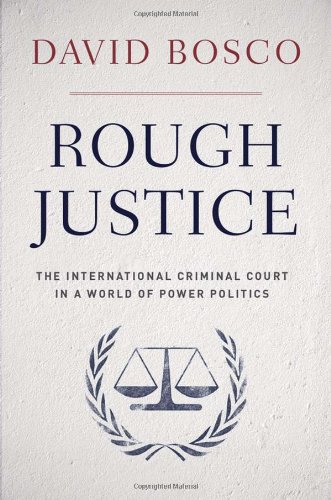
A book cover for Rough Justice: The International Criminal Court in a World of Power Politics; David Bosco; Law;